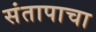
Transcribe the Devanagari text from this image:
संतापाचा